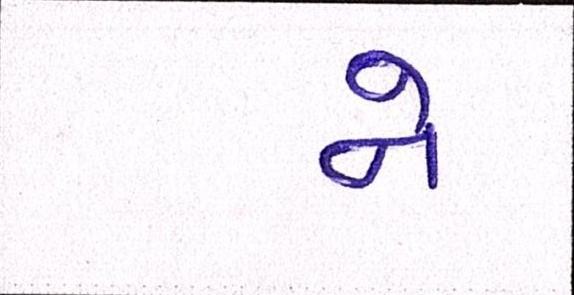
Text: ને